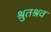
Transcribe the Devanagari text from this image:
श्रुतश्रव